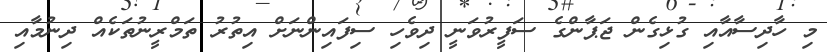
މި ހާދިސާއާއި ގުޅިގެން ޖަޕާންގެ ސަފީރުވަނީ ދިވެހި ސިފައިންނަށް އިތުރު ތަމްރީނުތަކެއް ދިނުމާއި